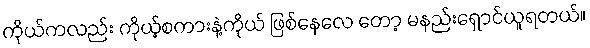
ကိုယ်ကလည်း ကိုယ့်စကားနဲ့ကိုယ် ဖြစ်နေလေ တော့ မနည်းရှောင်ယူရတယ်။